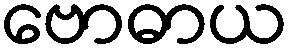
ဗောဓာယ